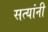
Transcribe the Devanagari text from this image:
सत्यांनी